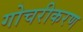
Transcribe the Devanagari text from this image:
गोचरीकरण